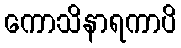
ကောသိနာရကာပိ